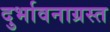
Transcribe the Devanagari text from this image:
दुर्भावनाग्रस्त